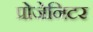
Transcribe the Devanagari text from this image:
प्रोजेनिटर